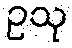
ဥသု